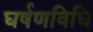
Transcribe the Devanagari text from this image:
घर्षणविधि